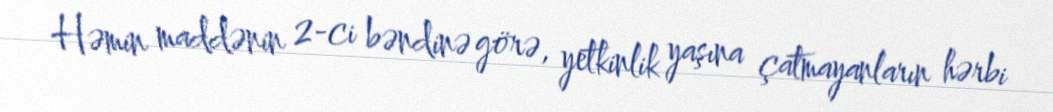
Həmin maddənin 2-ci bəndinə görə, yetkinlik yaşına çatmayanların hərbi